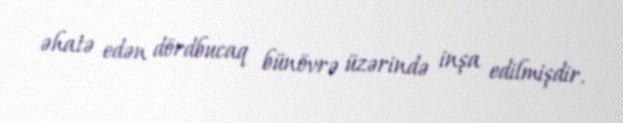
əhatə edən dördbucaq bünövrə üzərində inşa edilmişdir.